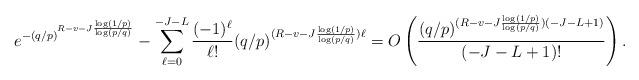
LaTeX: \begin{align*} e^{-(q/p)^{R - v -J\frac{\log(1/p)}{\log(p/q)}}} - \sum_{\ell=0}^{-J-L} \frac{(-1)^\ell}{\ell!} (q/p)^{(R - v -J\frac{\log(1/p)}{\log(p/q)})\ell} = O\left( \frac{(q/p)^{(R - v -J\frac{\log(1/p)}{\log(p/q)})(-J-L+1)} }{(-J-L+1)! } \right).\end{align*}